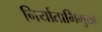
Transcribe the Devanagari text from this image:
निर्याताभिमुख